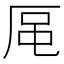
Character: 𪠈